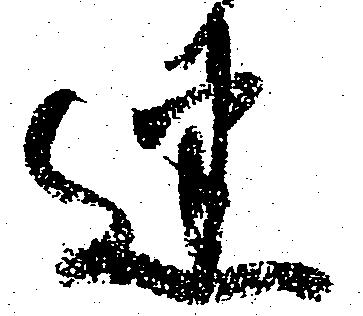
迷